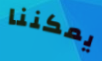
يمكننا